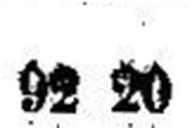
92 20